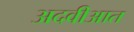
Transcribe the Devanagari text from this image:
अदवीआत